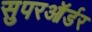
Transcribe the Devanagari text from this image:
सुपरऑर्डर